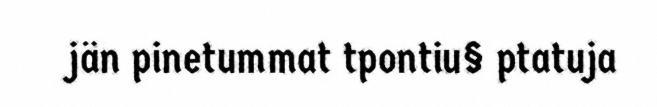
jän pinetummat tpontiu§ ptatuja